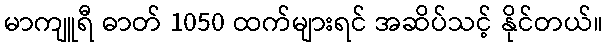
မာကျူရီ ဓာတ် 1050 ထက်များရင် အဆိပ်သင့် နိုင်တယ်။